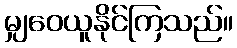
မျှဝေယူနိုင်ကြသည်။